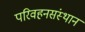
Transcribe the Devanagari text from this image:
परिवहनसंस्थान